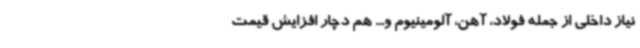
نیاز داخلی از جمله فولاد، آهن، آلومینیوم و... هم دچار افزایش قیمت